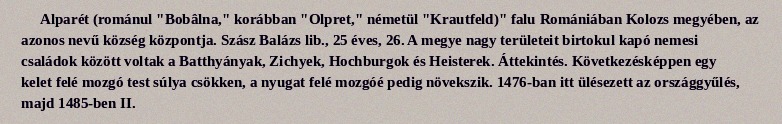
Alparét (románul "Bobâlna," korábban "Olpret," németül "Krautfeld)" falu Romániában Kolozs megyében, az azonos nevű község központja. Szász Balázs lib., 25 éves, 26. A megye nagy területeit birtokul kapó nemesi családok között voltak a Batthyányak, Zichyek, Hochburgok és Heisterek. Áttekintés. Következésképpen egy kelet felé mozgó test súlya csökken, a nyugat felé mozgóé pedig növekszik. 1476-ban itt ülésezett az országgyűlés, majd 1485-ben II.